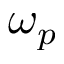
\omega _ { p }